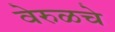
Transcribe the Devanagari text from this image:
वेरुळचे